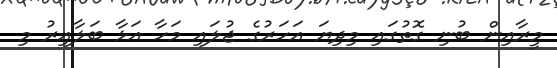
މީރާއިން ބުނި ގޮތުގައި މިދިޔަ އަހަރުގެ ޖުލައި މަހާ އަޅާ ބަލާއިރު މި